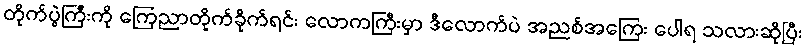
တိုက်ပွဲကြီးကို ကြေညာတိုက်ခိုက်ရင်း လောကကြီးမှာ ဒီလောက်ပဲ အညစ်အကြေး ပေါရ သလားဆိုပြီး